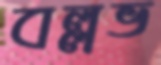
বল্লভ